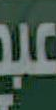
عبد